Annual report of the Imperial Bacteriological Laboratory, Muktesar
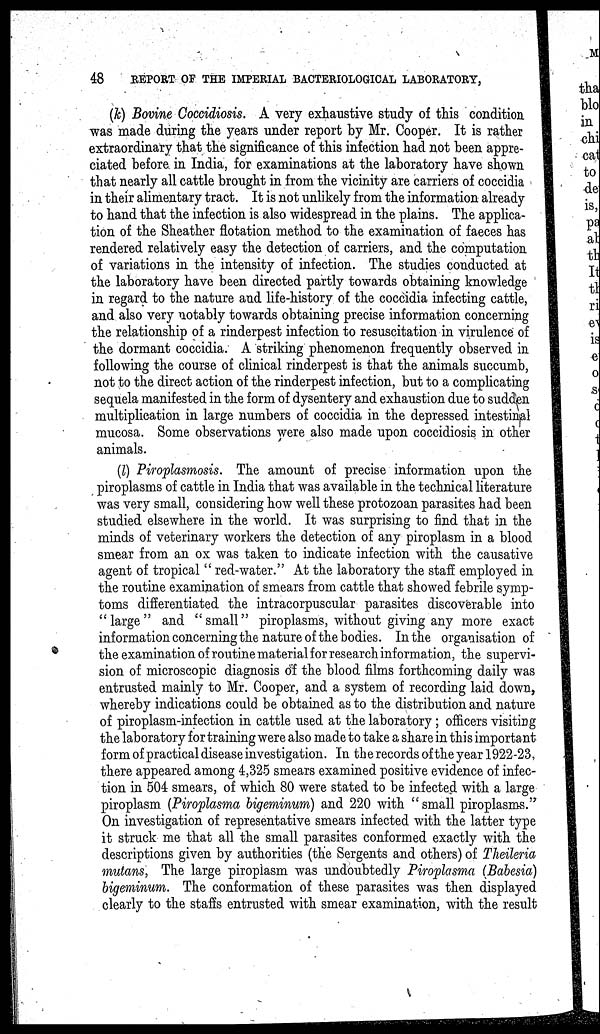
48 REPORT OF THE IMPERIAL BACTERIOLOGICAL LABORATORY,
(k) Bovine Coccidiosis. A very exhaustive study of this condition,
was made during the years under report by Mr. Cooper. It is rather
extraordinary that the significance of this infection had not been appre-
ciated before in India, for examinations at the laboratory have shown
that nearly all cattle brought in from the vicinity are carriers of coccidia
in their alimentary tract. It is not unlikely from the information already
to hand that the infection is also widespread in the plains. The applica-
tion of the Sheather flotation method to the examination of faeces has
rendered relatively easy the detection of carriers, and the computation
of variations in the intensity of infection. The studies conducted at
the laboratory have been directed partly towards obtaining knowledge
in regard to the nature and life-history of the coccidia infecting cattle,
and also very notably towards obtaining precise information concerning
the relationship of a rinderpest infection to resuscitation in virulence of
the dormant coccidia. A striking phenomenon frequently observed in
following the course of clinical rinderpest is that the animals succumb,
not to the direct action of the rinderpest infection, but to a complicating
sequela manifested in the form of dysentery and exhaustion due to sudden
multiplication in large numbers of coccidia in the depressed intestinal
mucosa. Some observations were also made upon coccidiosis in other
animals.
(l) Piroplasmosis. The amount of precise information upon the
piroplasms of cattle in India that was available in the technical literature
was very small, considering how well these protozoan parasites had been
studied elsewhere in the world. It was surprising to find that in the
minds of veterinary workers the detection of any piroplasm in a blood
smear from an ox was taken to indicate infection with the causative
agent of tropical " red-water." At the laboratory the staff employed in
the routine examination of smears from cattle that showed febrile symp-
toms differentiated the intracorpuscular parasites discoverable into
"large" and "small" piroplasms, without giving any more exact
information concerning the nature of the bodies. In the organisation of
the examination of routine material for research information, the supervi-
sion of microscopic diagnosis of the blood films forthcoming daily was
entrusted mainly to Mr. Cooper, and a system of recording laid down,
whereby indications could be obtained as to the distribution and nature
of piroplasm-infection in cattle used at the laboratory; officers visiting
the laboratory for training were also made to take a share in this important
form of practical disease investigation. In the records of the year 1922-23,
there appeared among 4,325 smears examined positive evidence of infec-
tion in 504 smears, of which 80 were stated to be infected with a large
piroplasm (Piroplasma bigeminum) and 220 with "small piroplasms."
On investigation of representative smears infected with the latter type
it struck me that all the small parasites conformed exactly with the
descriptions given by authorities (the Sergents and others) of Theileria
mutans, The large piroplasm was undoubtedly Piroplasma (Babesia)
bigeminum. The conformation of these parasites was then displayed
clearly to the staffs entrusted with smear examination, with the result